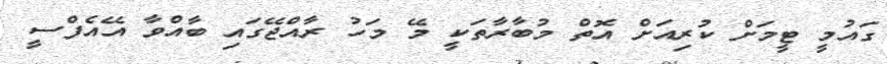
ގައުމީ ޓީމަށް ކުރިއަށް އޮތް މުބާރާތަކީ މޭ މަހު ރާއްޖޭގައި ބާއްވާ އޭއެފްސީ